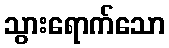
သွားရောက်သော